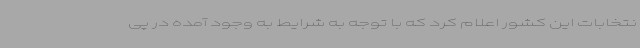
نتخابات این کشور اعلام کرد که با توجه به شرایط به وجود آمده در پی